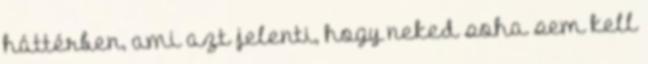
háttérben, ami azt jelenti, hogy neked soha sem kell